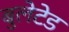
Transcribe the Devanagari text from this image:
बुलेटेड